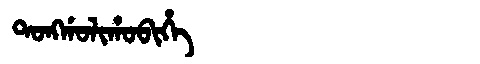
Manchu: ᡨᠣᠩᡤᠣᠯᡳᡥᠣᠪᡳᡥᡝ
Romanization: TONGGOLIHOBIHE